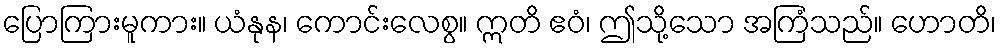
ပြောကြားမူကား။ ယံနုန၊ ကောင်းလေစွ။ ဣတိ ဧဝံ၊ ဤသို့သော အကြံသည်။ ဟောတိ၊